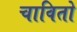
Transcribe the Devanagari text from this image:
चावितो